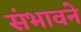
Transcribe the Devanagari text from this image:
संभावने